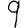
Digit: 9